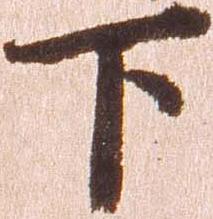
下